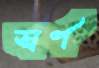
স্বর্ণ